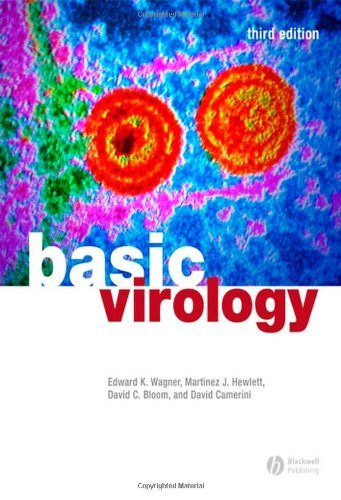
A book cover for By Edward K. Wagner - Basic Virology: 33rd (third) Edition; Martinez J. Hewlett, David C. Bloom, David Camerini Edward K. Wagner; Medical Books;